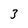
Character: 3